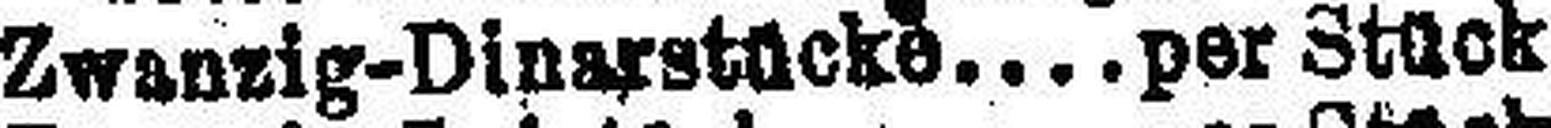
Zwanzig-Dinarstücke per Stück